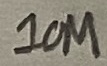
Text: 10M